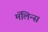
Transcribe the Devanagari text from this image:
मॅलिन्स